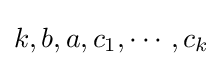
k,b,a,c_{1},\cdots ,c_{k}